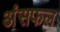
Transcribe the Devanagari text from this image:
अंसफल